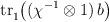
LaTeX: \begin{align*} {\rm tr}{\vphantom |}_1 \bigl( ( \chi^{-1} \otimes 1) \, b \bigr)\end{align*}